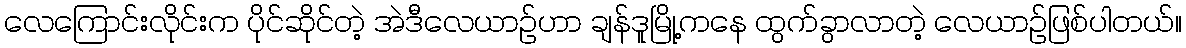
လေကြောင်းလိုင်းက ပိုင်ဆိုင်တဲ့ အဲဒီလေယာဉ်ဟာ ချန်ဒူမြို့ကနေ ထွက်ခွာလာတဲ့ လေယာဉ်ဖြစ်ပါတယ်။